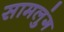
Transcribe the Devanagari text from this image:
सामलुंग